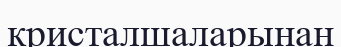
кристалшаларынан